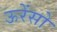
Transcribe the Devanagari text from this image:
ऊरेंसो